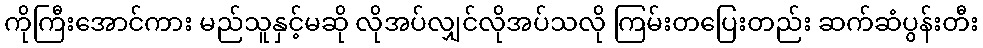
ကိုကြီးအောင်ကား မည်သူနှင့်မဆို လိုအပ်လျှင်လိုအပ်သလို ကြမ်းတပြေးတည်း ဆက်ဆံပွန်းတီး